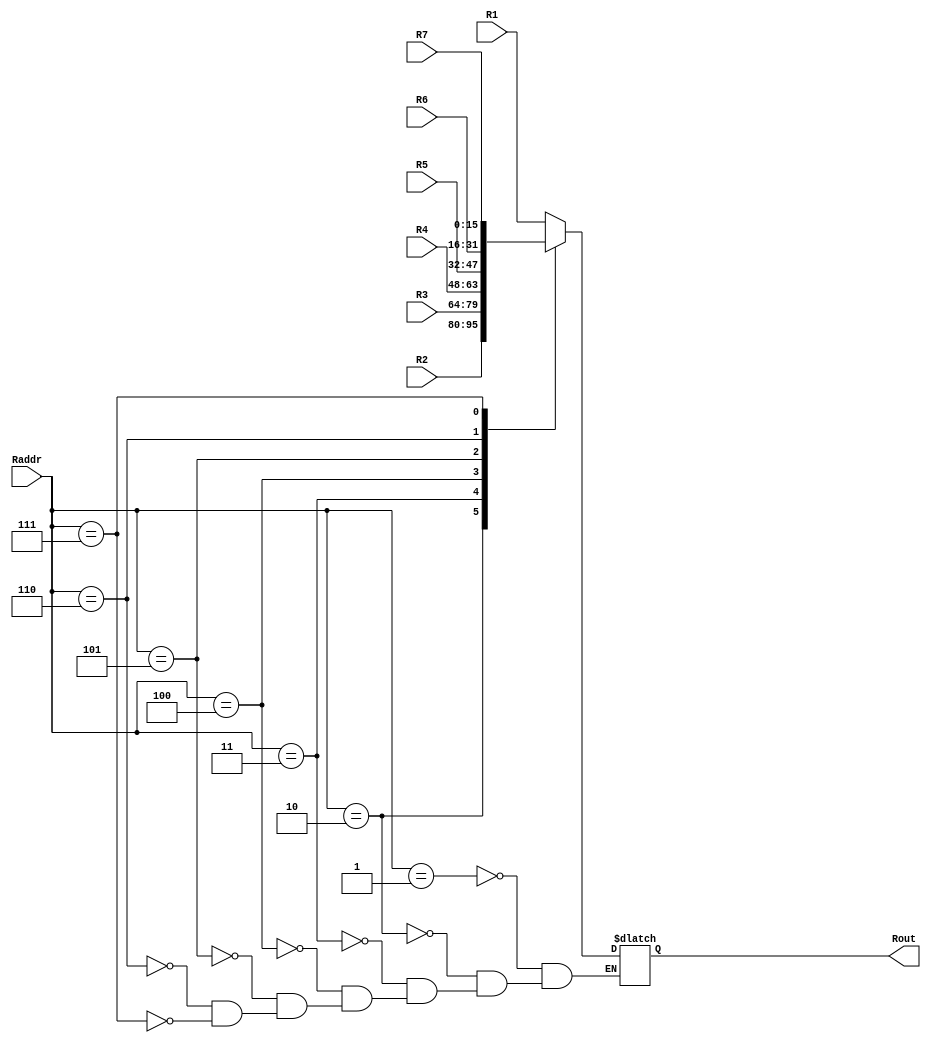
module mux(R1, R2, R3, R4, R5, R6, R7, Raddr, Rout);
input [15:0]R1, R2, R3, R4, R5, R6, R7;
input [2:0]Raddr;
output reg [15:0]Rout;

  always@(*)
  begin
    case(Raddr)
      3'b001: Rout <= R1;
      3'b010: Rout <= R2;
      3'b011: Rout <= R3;
      3'b100: Rout <= R4;
      3'b101: Rout <= R5;
      3'b110: Rout <= R6;
      3'b111: Rout <= R7;
    endcase
  end

endmodule